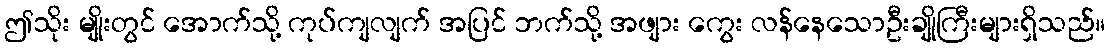
ဤသိုး မျိုးတွင် အောက်သို့ ကုပ်ကျလျက် အပြင် ဘက်သို့ အဖျား ကွေး လန်နေသောဦးချိုကြီးများရှိသည်။